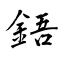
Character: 鋙